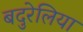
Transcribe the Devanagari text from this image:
बदुरेलिया